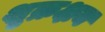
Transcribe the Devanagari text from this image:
शुक्रक्षय